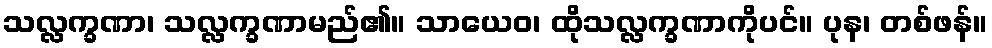
သလ္လက္ခဏာ၊ သလ္လက္ခဏာမည်၏။ သာယေဝ၊ ထိုသလ္လက္ခဏာကိုပင်။ ပုန၊ တစ်ဖန်။